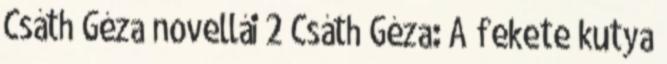
Csáth Géza novellái 2 Csáth Géza: A fekete kutya